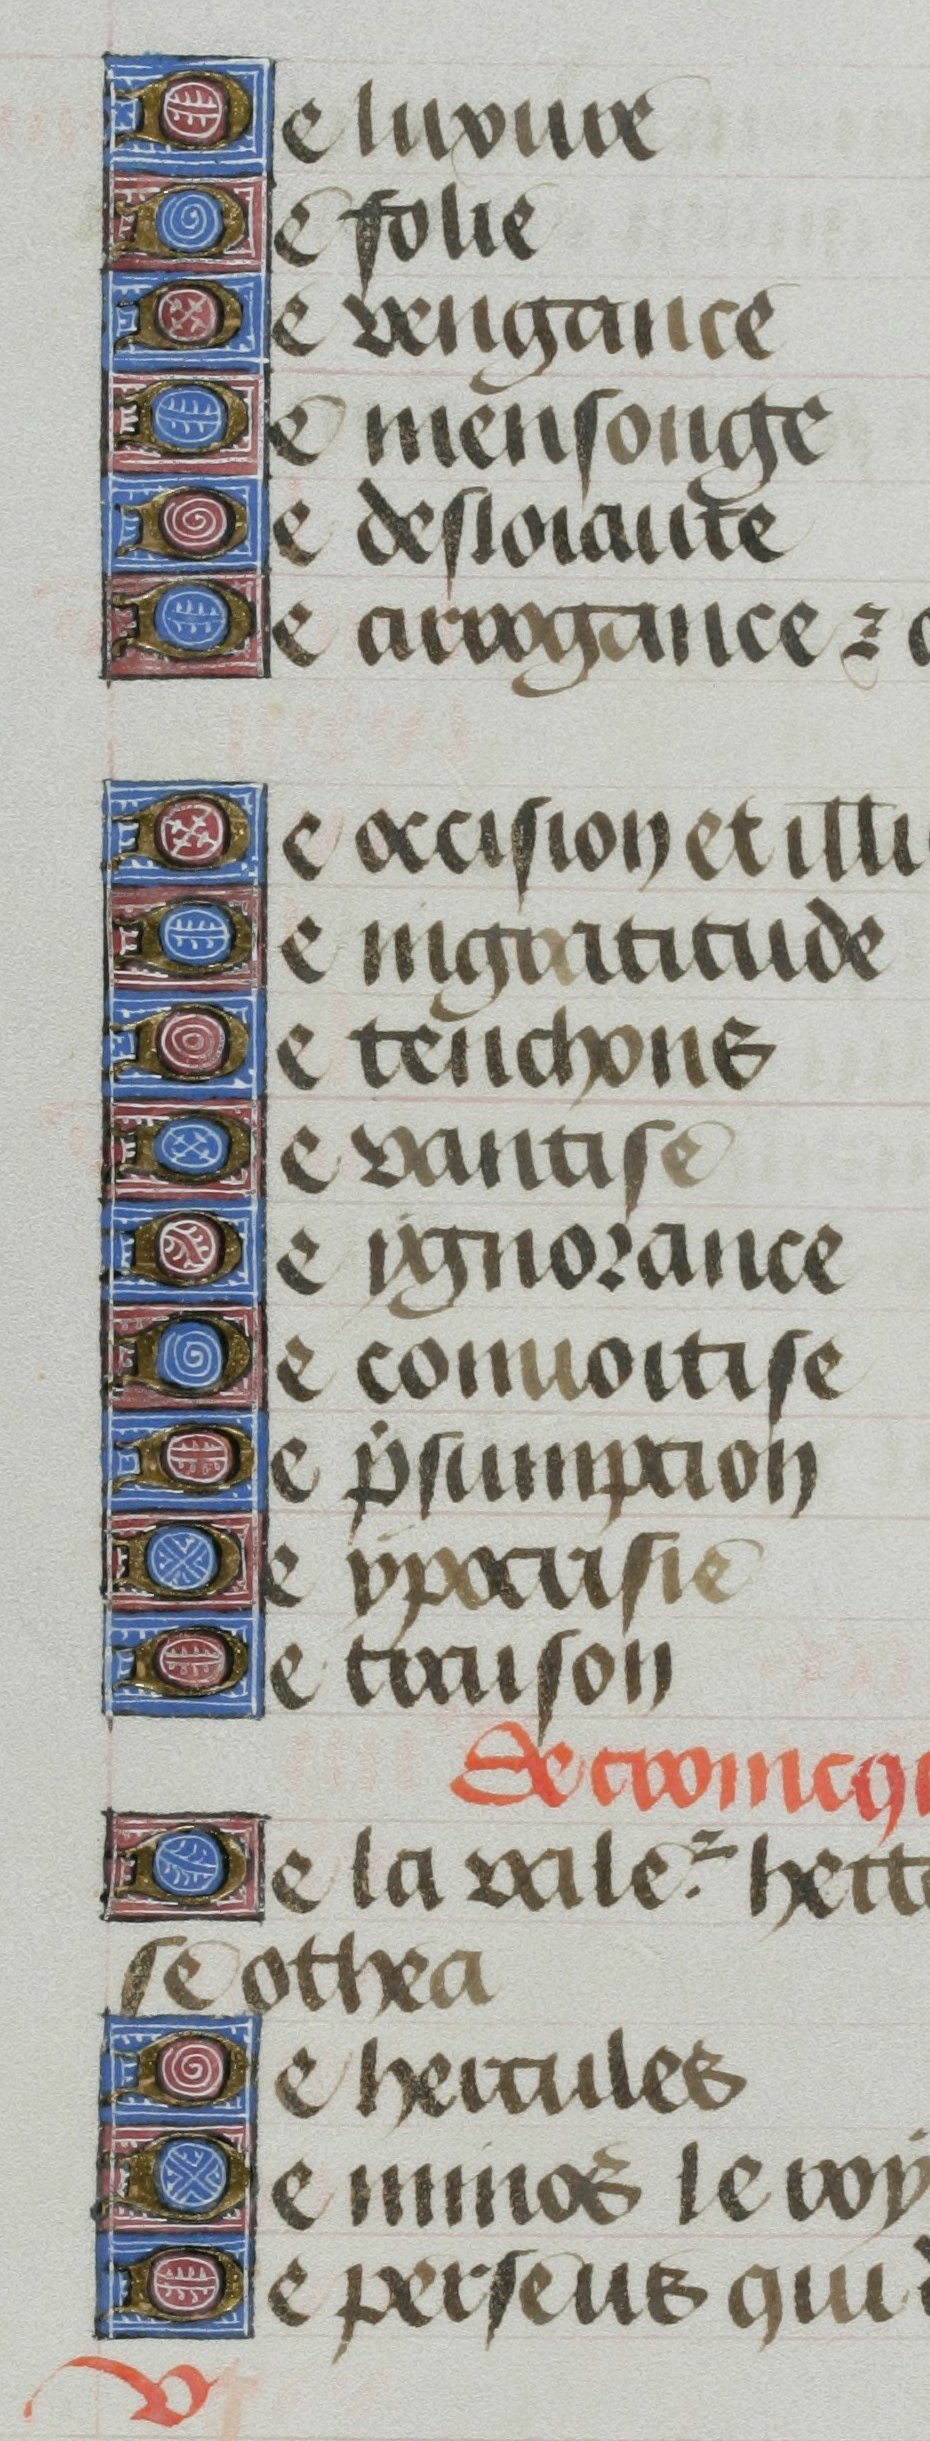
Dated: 1455–1465